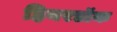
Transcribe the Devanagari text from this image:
हियरडॉक